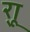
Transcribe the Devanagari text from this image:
र्‍ाू